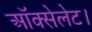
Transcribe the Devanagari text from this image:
ऑक्सेलेट।